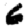
Digit: 6